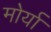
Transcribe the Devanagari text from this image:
मोर्या